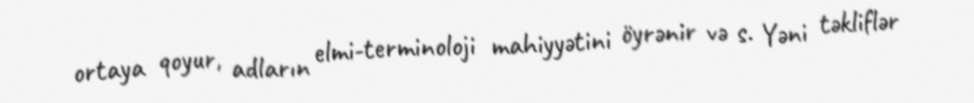
ortaya qoyur, adların elmi-terminoloji mahiyyətini öyrənir və s. Yəni təkliflər